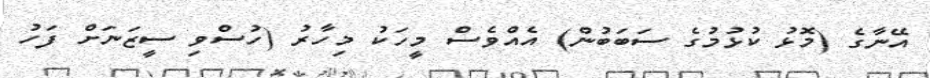
އޭނާގެ (މޮޅު ކުޅުމުގެ ސަބަބުން) އެއްވެސް މީހަކު މިހާރު (ހުސްވި ސީޒަނަށް ފަހު